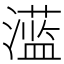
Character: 𱩪